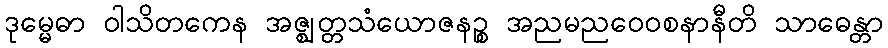
ဒုမ္မေဓာ ဝါသိတကေန အဇ္ဈတ္တသံယောဇနဉ္စ အညမညဝေဝစနာနီတိ သာဓေန္တာ